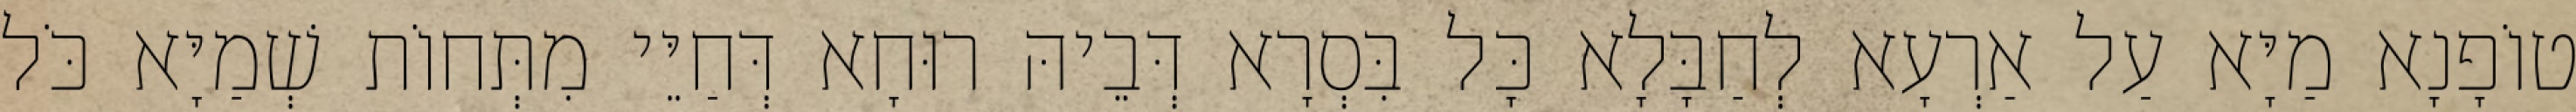
טוֹפָנָא מַיָּא עַל אַרְעָא לְחַבָּלָא כָּל בִּסְרָא דְּבֵיהּ רוּחָא דְּחַיֵּי מִתְּחוֹת שְׁמַיָּא כֹּל